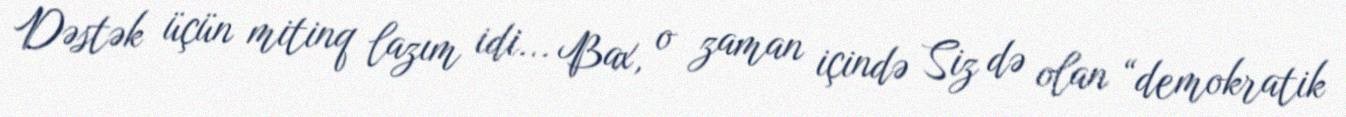
Dəstək üçün mitinq lazım idi... Bax, o zaman içində Siz də olan “demokratik